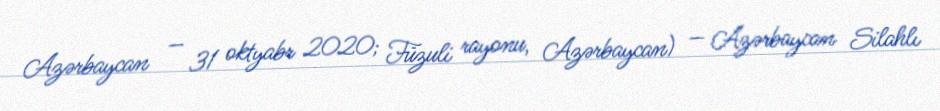
Azərbaycan — 31 oktyabr 2020; Füzuli rayonu, Azərbaycan) — Azərbaycan Silahlı